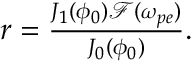
\begin{array} { r } { r = \frac { J _ { 1 } ( \phi _ { 0 } ) \mathcal { F } ( \omega _ { p e } ) } { J _ { 0 } ( \phi _ { 0 } ) } . } \end{array}